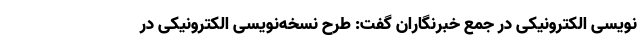
نویسی الکترونیکی در جمع خبرنگاران گفت: طرح نسخه‌نویسی الکترونیکی در